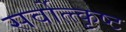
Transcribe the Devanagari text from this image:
सर्वोत्त्कृष्ट